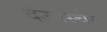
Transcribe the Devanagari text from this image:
देउतस्चेर